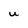
Character: U